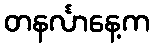
တနင်္လာနေ့က